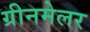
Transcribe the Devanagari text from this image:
ग्रीनमेलर